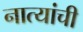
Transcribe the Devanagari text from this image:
नात्यांची